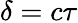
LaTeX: \delta=c\tau